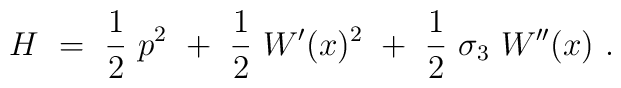
H ~=~ {1\over 2}~p^2~+~{1\over 2}~W^\prime (x)^2 ~+~{1\over 2}~\sigma_3 ~W^{\prime \prime} (x)~.